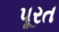
પૂરત